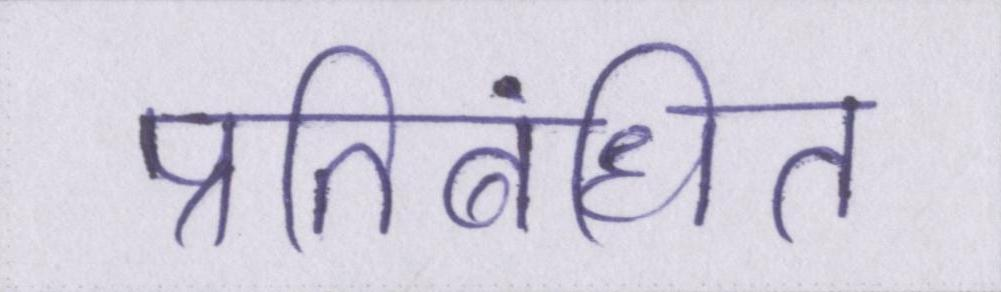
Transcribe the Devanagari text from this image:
प्रतिबंधित